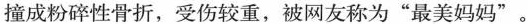
撞成粉碎性骨折，受伤较重，被网友称为“最美妈妈”。